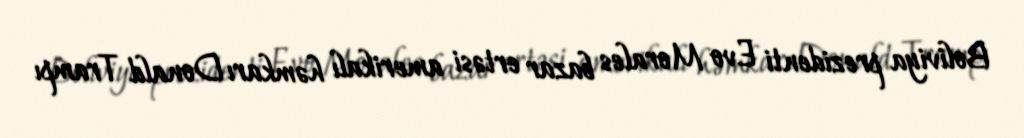
Boliviya prezidenti Evo Morales bazar ertəsi amerikalı həmkarı Donald Trampı